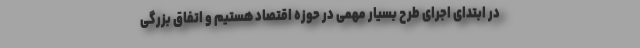
در ابتدای اجرای طرح بسیار مهمی در حوزه اقتصاد هستیم و اتفاق بزرگی